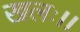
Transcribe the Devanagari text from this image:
खलः।।